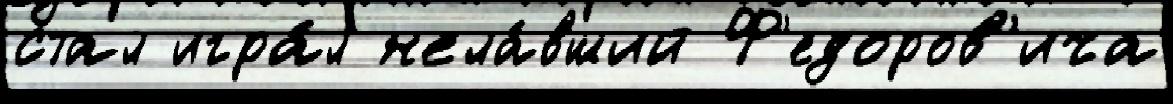
стал игра́л жела́вший Ф'едоров'ича